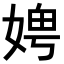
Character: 𪦁